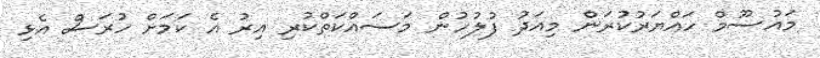
މައުސޫމް ހައްޔަރުކުރަން މިއަދު ފުލުހުން މަސައްކަތްކުރި އިރު އެ ކަމަށް ހުރަސް އެޅި